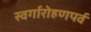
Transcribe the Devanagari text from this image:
स्वर्गारोहणपर्व